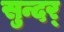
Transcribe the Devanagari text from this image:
सुन्दर्